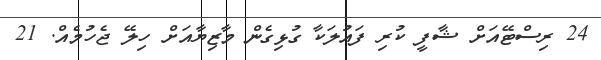
24 ރިސްޓޭއަށް ޝާފީ ކުރި ފައުލަކާ ގުޅިގެން މާޒިޔާއަށް ހިލޭ ޖެހުމެއް. 21